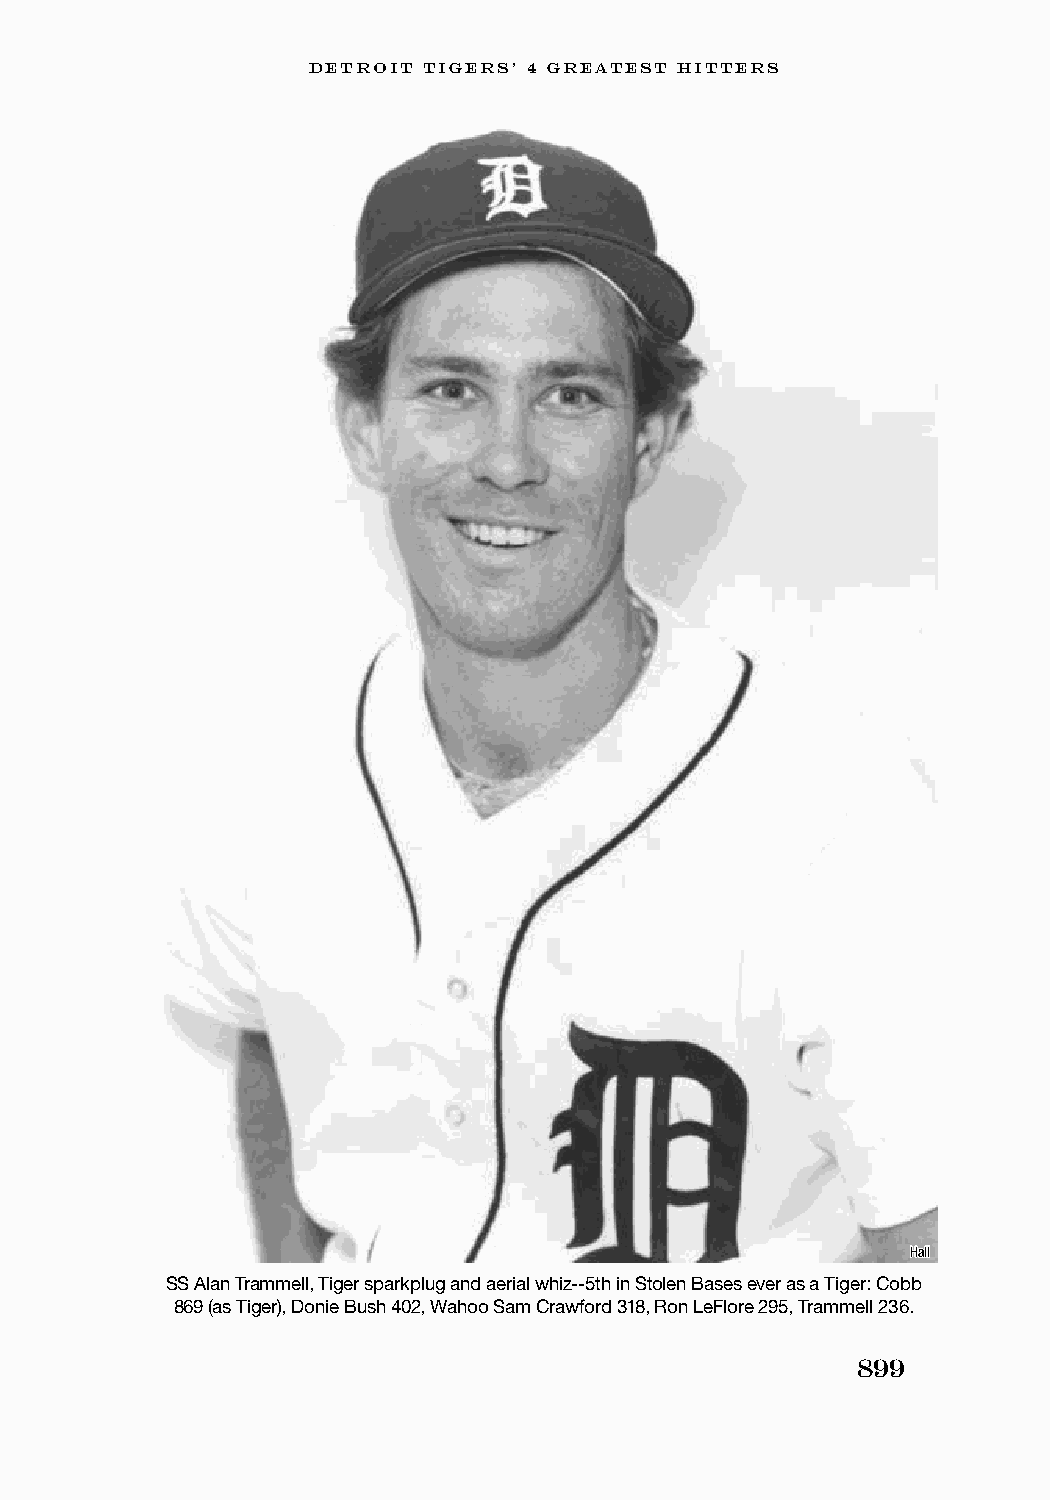
DETROIT TIGERS’ 4 GREATEST HITTERS
 Hall
 SS Alan Trammell, Tiger sparkplug and aerial whiz--5th in Stolen Bases ever as a Tiger: Cobb
 869 (as Tiger), Donie Bush 402, Wahoo Sam Crawford 318, Ron LeFlore 295, Trammell 236.
 899